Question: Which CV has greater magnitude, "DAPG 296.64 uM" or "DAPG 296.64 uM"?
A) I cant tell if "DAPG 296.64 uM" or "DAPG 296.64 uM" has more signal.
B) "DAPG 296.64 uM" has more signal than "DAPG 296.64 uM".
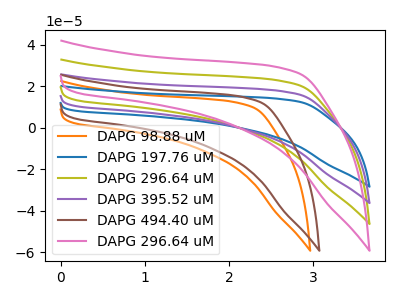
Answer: <think>The orange curve "DAPG 98.88 uM" has no peaks. The blue curve "DAPG 197.76 uM" has no peaks. The olive curve "DAPG 296.64 uM" has no peaks. The purple curve "DAPG 395.52 uM" has no peaks. The brown curve "DAPG 494.40 uM" has no peaks. The pink curve "DAPG 296.64 uM" has no peaks.
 Neither "DAPG 296.64 uM" or "DAPG 296.64 uM" have any peaks.</think>
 <answer>A) I cant tell if "DAPG 296.64 uM" or "DAPG 296.64 uM" has more signal.</answer>
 <eval>A</eval>